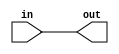
module lab3(in, out); 
	input in;
	output out; 
	assign out = in; 
	
endmodule